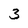
Character: 3